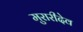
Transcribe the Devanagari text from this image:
मुरारीदेव